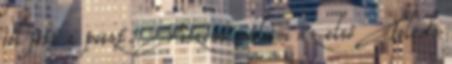
jól jött a poszt. Viszont nálam az első Toledo